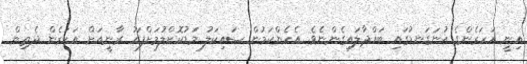
އިނީ އަހަރެންގެ އުނަގަނޑުގައި ބައްދާލައިގެންނެވެ. އެހެންކަމުން ސައިކަލު މަޑުކޮށްލުމަށްފަހު ރާނީއަށް އަހަރެން ދެތިން